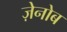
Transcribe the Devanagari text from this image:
ज़ेनोब